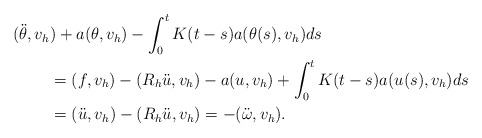
\begin{align*} (\ddot{\theta},v_h&)+a(\theta,v_h)-\int_0^t K(t-s) a(\theta(s),v_h)ds\\ &= (f,v_h)-(R_h\ddot{u},v_h)-a(u,v_h)+\int_0^t K(t-s) a(u(s),v_h)ds\\ &= (\ddot{u},v_h)-(R_h\ddot{u},v_h) =-(\ddot{\omega},v_h). \end{align*}